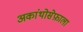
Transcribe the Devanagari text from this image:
अकांथोसेफ़ाला